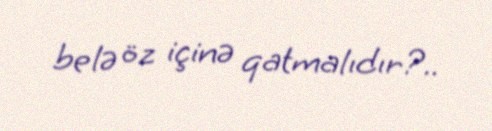
belə öz içinə qatmalıdır?..